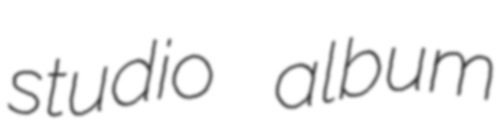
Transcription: studio album